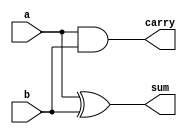
/////Write a verilog design code for a 1 bit full adder using 2 half_adder and 1 OR gate and verify using a testbench
module half_adder(input a,b,output sum,carry);
 //Data-flow abstraction
 assign sum = a ^ b;
 assign carry = a & b;
endmodule
module full_adder(a_in,b_in,c_in,sum_out,carry_out);
 //directions for the ports
 input a_in,b_in,c_in;
 output sum_out,carry_out;
 //internal wires
  wire w1,w2,w3;
 //name-based port mapping
 half_adder HA1(.a(a_in),.b(b_in),.sum(w1),.carry(w2));
 half_adder HA2(.a(w1),.b(c_in),.sum(sum_out),.carry(w3));
 //Instantiate the OR gate
 or or1(carry_out,w3,w2);
endmodule